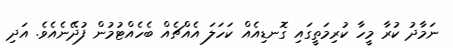
ނަމާދު ކުރާ މީހާ ކުރިމަތީގައި ގޮނޑިއެއް ކަހަލަ އެއްޗެއް ބެހެއްޓުމުން ފުދޭނެއެވެ. އަދި